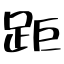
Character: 距